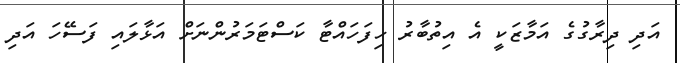
އަދި ދިރާގުގެ އަމާޒަކީ އެ އިތުބާރު ހިފަހައްޓާ ކަސްޓަމަރުންނަށް އަޅާލައި ފަސޭހަ އަދި